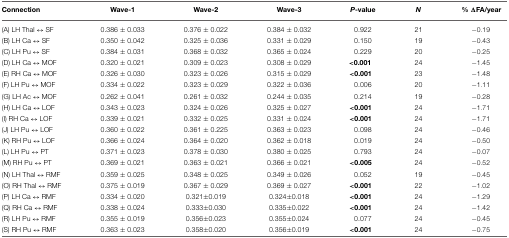
<table><thead><tr><td><b>Connection</b></td><td><b>Wave-1</b></td><td><b>Wave-2</b></td><td><b>Wave-3</b></td><td><b><i>P</i>-value</b></td><td><b><i>N</i></b></td><td><b>% ΔFA/year</b></td></tr></thead><tbody><tr><td>(A) LH Thal ↔ SF</td><td>0.386 ± 0.033</td><td>0.376 ± 0.022</td><td>0.384 ± 0.032</td><td>0.922</td><td>21</td><td>−0.19</td></tr><tr><td>(B) LH Ca ↔ SF</td><td>0.350 ± 0.042</td><td>0.325 ± 0.036</td><td>0.331 ± 0.029</td><td>0.150</td><td>19</td><td>−0.43</td></tr><tr><td>(C) LH Pu ↔ SF</td><td>0.384 ± 0.031</td><td>0.368 ± 0.032</td><td>0.365 ± 0.024</td><td>0.229</td><td>20</td><td>−0.25</td></tr><tr><td>(D) LH Ca ↔ MOF</td><td>0.320 ± 0.021</td><td>0.309 ± 0.023</td><td>0.308 ± 0.029</td><td><b>&lt;0.001</b></td><td>24</td><td>−1.45</td></tr><tr><td>(E) RH Ca ↔ MOF</td><td>0.326 ± 0.030</td><td>0.323 ± 0.026</td><td>0.315 ± 0.029</td><td><b>&lt;0.001</b></td><td>23</td><td>−1.48</td></tr><tr><td>(F) LH Pu ↔ MOF</td><td>0.334 ± 0.022</td><td>0.323 ± 0.029</td><td>0.322 ± 0.036</td><td>0.006</td><td>20</td><td>−1.11</td></tr><tr><td>(G) LH Ac ↔ MOF</td><td>0.262 ± 0.041</td><td>0.261 ± 0.032</td><td>0.244 ± 0.035</td><td>0.214</td><td>19</td><td>−0.28</td></tr><tr><td>(H) LH Ca ↔ LOF</td><td>0.343 ± 0.023</td><td>0.324 ± 0.026</td><td>0.325 ± 0.027</td><td><b>&lt;0.001</b></td><td>24</td><td>−1.71</td></tr><tr><td>(I) RH Ca ↔ LOF</td><td>0.339 ± 0.021</td><td>0.332 ± 0.025</td><td>0.331 ± 0.024</td><td><b>&lt;0.001</b></td><td>24</td><td>−1.71</td></tr><tr><td>(J) LH Pu ↔ LOF</td><td>0.360 ± 0.022</td><td>0.361 ± 0.225</td><td>0.363 ± 0.023</td><td>0.098</td><td>24</td><td>−0.46</td></tr><tr><td>(K) RH Pu ↔ LOF</td><td>0.366 ± 0.024</td><td>0.364 ± 0.020</td><td>0.362 ± 0.018</td><td>0.019</td><td>24</td><td>−0.50</td></tr><tr><td>(L) LH Pu ↔ PT</td><td>0.371 ± 0.023</td><td>0.378 ± 0.030</td><td>0.380 ± 0.025</td><td>0.793</td><td>24</td><td>−0.07</td></tr><tr><td>(M) RH Pu ↔ PT</td><td>0.369 ± 0.021</td><td>0.363 ± 0.021</td><td>0.366 ± 0.021</td><td><b>&lt;0.005</b></td><td>24</td><td>−0.52</td></tr><tr><td>(N) LH Thal ↔ RMF</td><td>0.359 ± 0.025</td><td>0.348 ± 0.025</td><td>0.349 ± 0.026</td><td>0.052</td><td>19</td><td>−0.45</td></tr><tr><td>(O) RH Thal ↔ RMF</td><td>0.375 ± 0.019</td><td>0.367 ± 0.029</td><td>0.369 ± 0.027</td><td><b>&lt;0.001</b></td><td>22</td><td>−1.02</td></tr><tr><td>(P) LH Ca ↔ RMF</td><td>0.334 ± 0.020</td><td>0.321 ± 0.019</td><td>0.324 ± 0.018</td><td><b>&lt;0.001</b></td><td>24</td><td>−1.29</td></tr><tr><td>(Q) RH Ca ↔ RMF</td><td>0.338 ± 0.024</td><td>0.333 ± 0.030</td><td>0.335 ± 0.022</td><td><b>&lt;0.001</b></td><td>24</td><td>−1.42</td></tr><tr><td>(R) LH Pu ↔ RMF</td><td>0.355 ± 0.019</td><td>0.356 ± 0.023</td><td>0.355 ± 0.024</td><td>0.077</td><td>24</td><td>−0.45</td></tr><tr><td>(S) RH Pu ↔ RMF</td><td>0.363 ± 0.023</td><td>0.358 ± 0.020</td><td>0.356 ± 0.019</td><td><b>&lt;0.001</b></td><td>24</td><td>−0.75</td></tr></tbody></table>